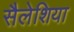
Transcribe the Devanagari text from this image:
सैलेशिया